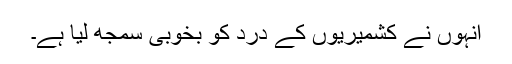
انہوں نے کشمیریوں کے درد کو بخوبی سمجھ لیا ہے۔